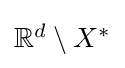
{\textstyle \mathbb {R} ^{d}\setminus X^{*}}